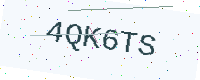
Text: 4QK6TS